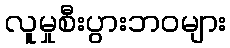
လူမှုစီးပွားဘဝများ